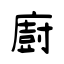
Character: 廚